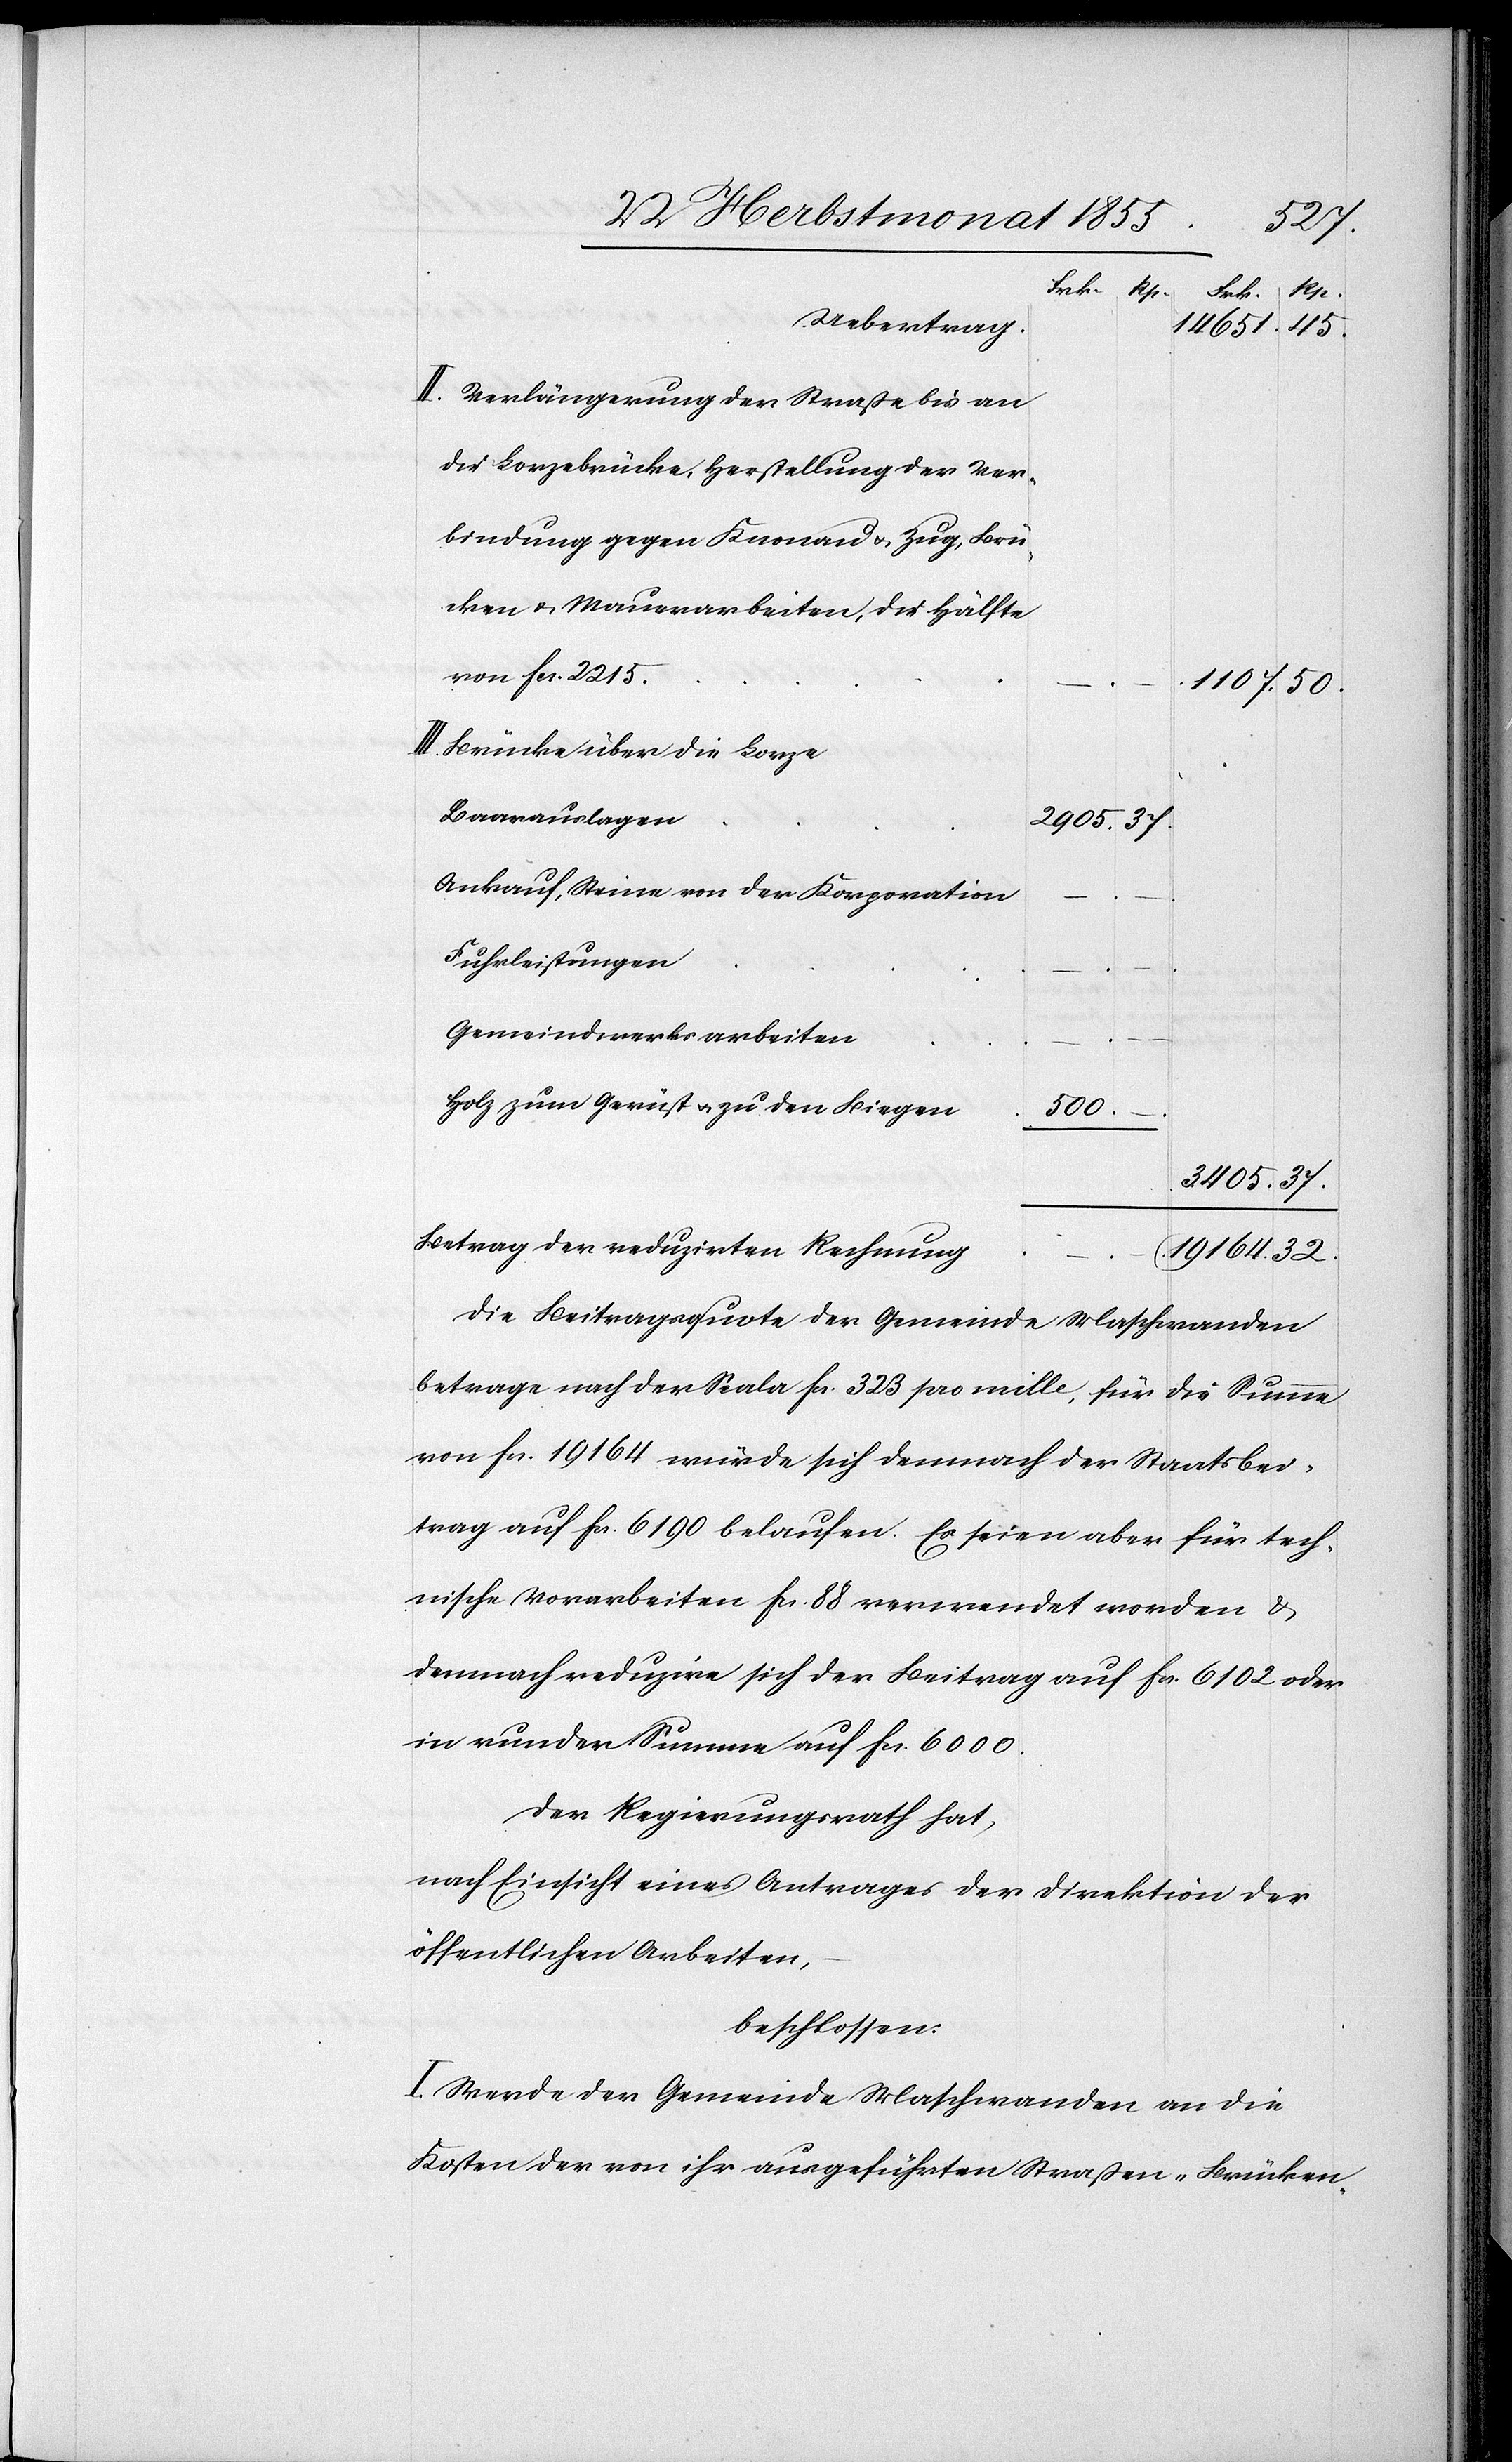
Verlängerung der Straße bis an
die Lorzebrücke, Herstellung der Ver¬
bindung gegen Knonau & Zug, Brü¬
cken & Mauerarbeiten, die Hälfte
von Fcs. 2215.
1107.
50.
Brücke über die Lorze
Baarauslagen
Ankauf, Steine von der Korporation
Fuhrleistungen
Gemeindwerksarbeiten
Holz zum Gerüst & zu den Biegen
500.
3405.
32.
Betrag der reduzirten Rechnung
–
19 164.
Die Beitragsquote der Gemeinde Maschwanden
betrage nach der Scala Fcs. 323 pro mille, für die Summe
von Fcs. 19 164 würde sich demnach der Staatsbei¬
trag auf Fcs. 6190 belaufen. Es seien aber für tech¬
nische Vorarbeiten Fcs. 88 verwendet worden &
demnach reduzire sich der Beitrag auf Fcs. 6102 oder
in runder Summe auf Fcs. 6000.
Der Regierungsrath hat,
nach Einsicht eines Antrages der Direktion der
öffentlichen Arbeiten,
beschlossen:
I. Werde der Gemeinde Maschwanden an die
Kosten der von ihr ausgeführten Straßen-[,] Brücken-